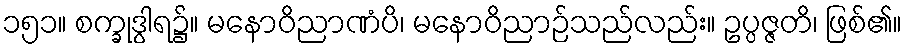
၁၅၁။ စက္ခုဒွါရ၌။ မနောဝိညာဏံပိ၊ မနောဝိညာဉ်သည်လည်း။ ဥပ္ပဇ္ဇတိ၊ ဖြစ်၏။